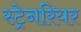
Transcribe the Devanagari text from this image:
स्ट्रेनरियर